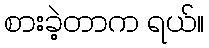
စားခဲ့တာက ရယ်။